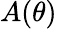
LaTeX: A(\theta)